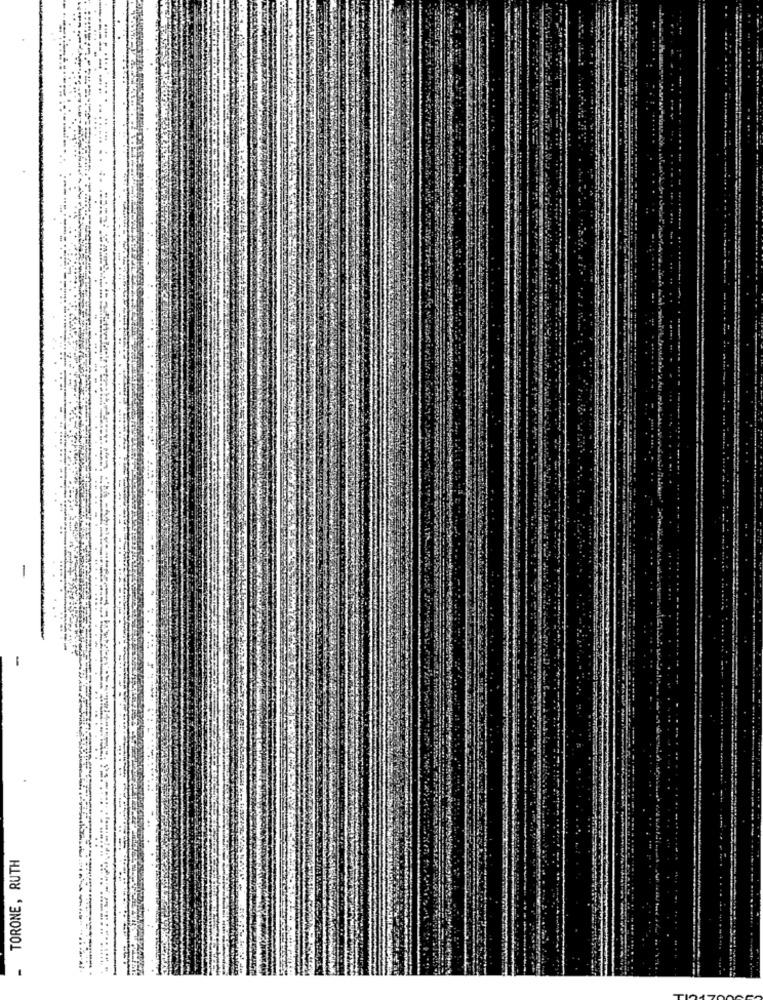
-
TORONE, RUTH
-